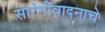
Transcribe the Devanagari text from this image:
सारंगीवादनाचे